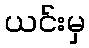
ယင်းမှ